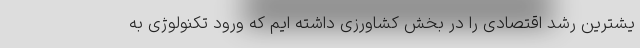
یشترین رشد اقتصادی را در بخش کشاورزی داشته ایم که ورود تکنولوژی به